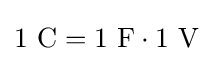
1~{\text{C}}=1~{\text{F}}\cdot 1~{\text{V}}